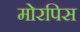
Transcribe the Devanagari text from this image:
मोरपिस